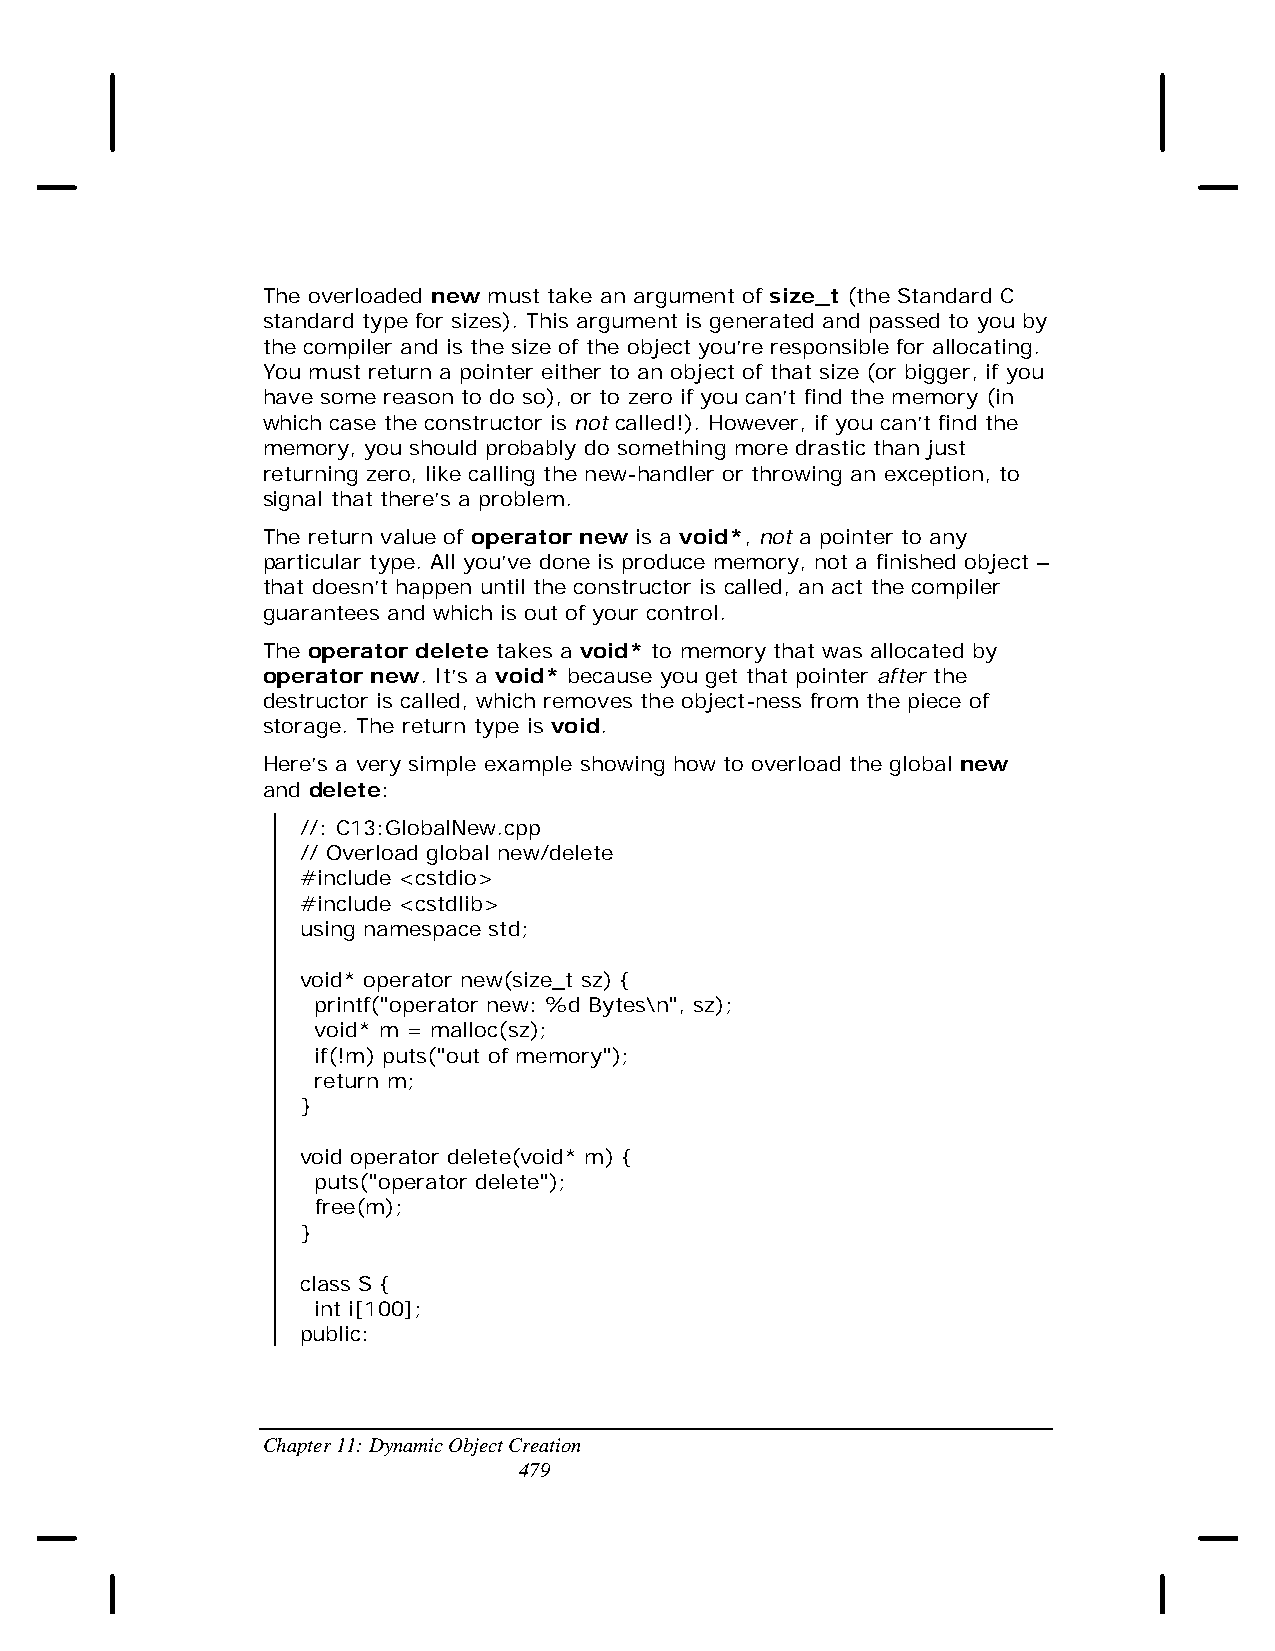
The overloaded new must take an argument of size_t (the Standard C
 standard type for sizes). This argument is generated and passed to you by
 the compiler and is the size of the object you’re responsible for allocating.
 You must return a pointer either to an object of that size (or bigger, if you
 have some reason to do so), or to zero if you can’t find the memory (in
 which case the constructor is not called!). However, if you can’t find the
 memory, you should probably do something more drastic than just
 returning zero, like calling the new-handler or throwing an exception, to
 signal that there’s a problem.
 The return value of operator new is a void*, not a pointer to any
 particular type. All you’ve done is produce memory, not a finished object –
 that doesn’t happen until the constructor is called, an act the compiler
 guarantees and which is out of your control.
 The operator delete takes a void* to memory that was allocated by
 operator new. It’s a void* because you get that pointer after the
 destructor is called, which removes the object-ness from the piece of
 storage. The return type is void.
 Here’s a very simple example showing how to overload the global new
 and delete:
 //: C13:GlobalNew.cpp
 // Overload global new/delete
 #include <cstdio>
 #include <cstdlib>
 using namespace std;
 void* operator new(size_t sz) {
 printf("operator new: %d Bytes\n", sz);
 void* m = malloc(sz);
 if(!m) puts("out of memory");
 return m;
 }
 void operator delete(void* m) {
 puts("operator delete");
 free(m);
 }
 class S {
 int i[100];
 public:
 Chapter 11: Dynamic Object Creation
 479